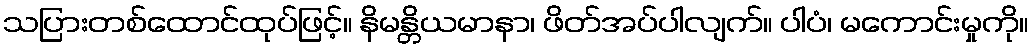
သပြားတစ်ထောင်ထုပ်ဖြင့်။ နိမန္တိယမာနာ၊ ဖိတ်အပ်ပါလျက်။ ပါပံ၊ မကောင်းမှုကို။